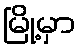
မြို့မှာ